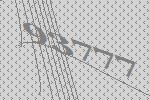
93777